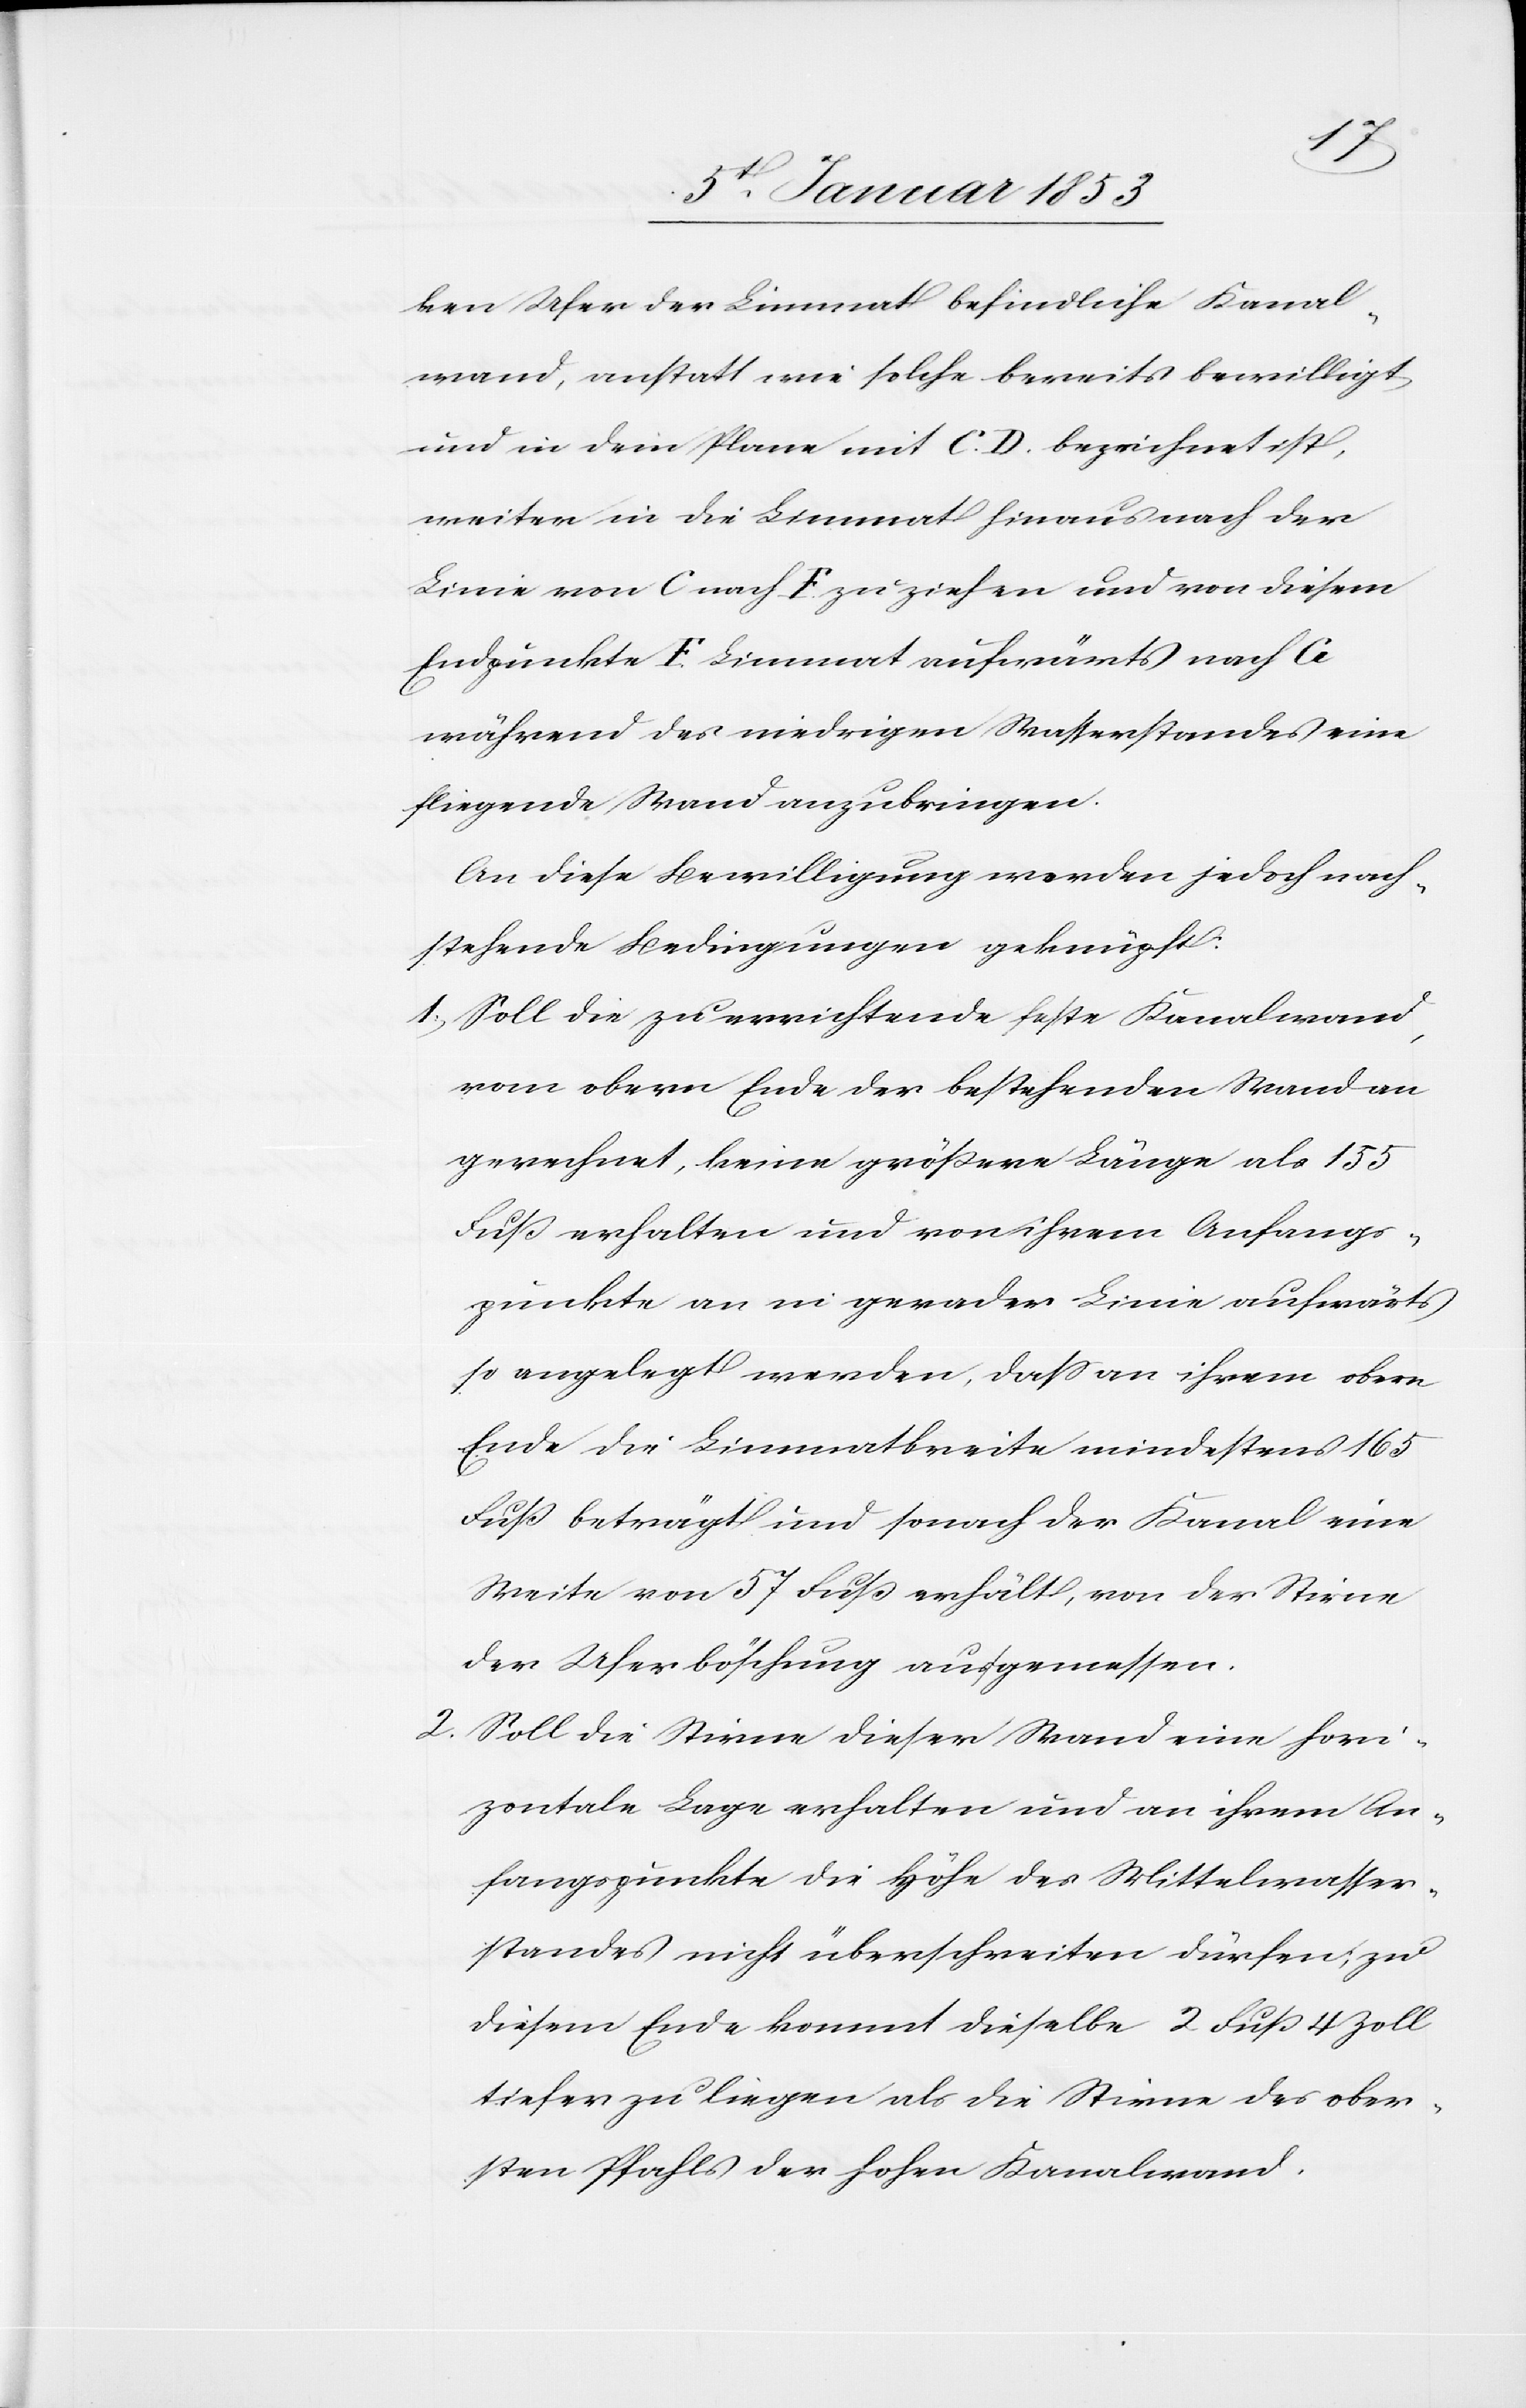
ken Ufer der Limmat befindliche Kanal¬
wand, anstatt wie solche bereits bewilligt
und in dem Plane mit C. D. bezeichnet ist,
weiter in die Limmat hinaus nach der
Linie von C. nach F. zu ziehen und von diesem
Endpunkte F. Limmat aufwärts nach A
während des niedrigen Wasserstandes eine
fliegende Wand anzubringen.
An diese Bewilligung werden jedoch nach¬
stehende Bedingungen geknüpft:
1.) Soll die zu errichtende feste Kanalwand
vom obern Ende der bestehenden Wand an
gerechnet, keine größere Länge als 155
Fuß erhalten und von ihrem Anfangs¬
punkte an in gerader Linie aufwärts
so angelegt werden, daß an ihrem obern
Ende die Limmatbreite mindestens 165.
Fuß beträgt und sonach der Kanal eine
Weite von 57 Fuß erhält, von der Stirne
der Uferböschung angemessen.
2. Soll die Stirne dieser Wand eine hori¬
zontale Lage erhalten und an ihrem An¬
fangspunkte die Höhe des Mittelwasser¬
standes nicht überschreiten dürfen; zu
diesem Ende kommt dieselbe 2 Fuß 4 Zoll
tiefer zu liegen als die Stirne des ober¬
sten Pfahles der hohen Kanalwand.